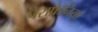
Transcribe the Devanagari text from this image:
पैराफ्रेनिया